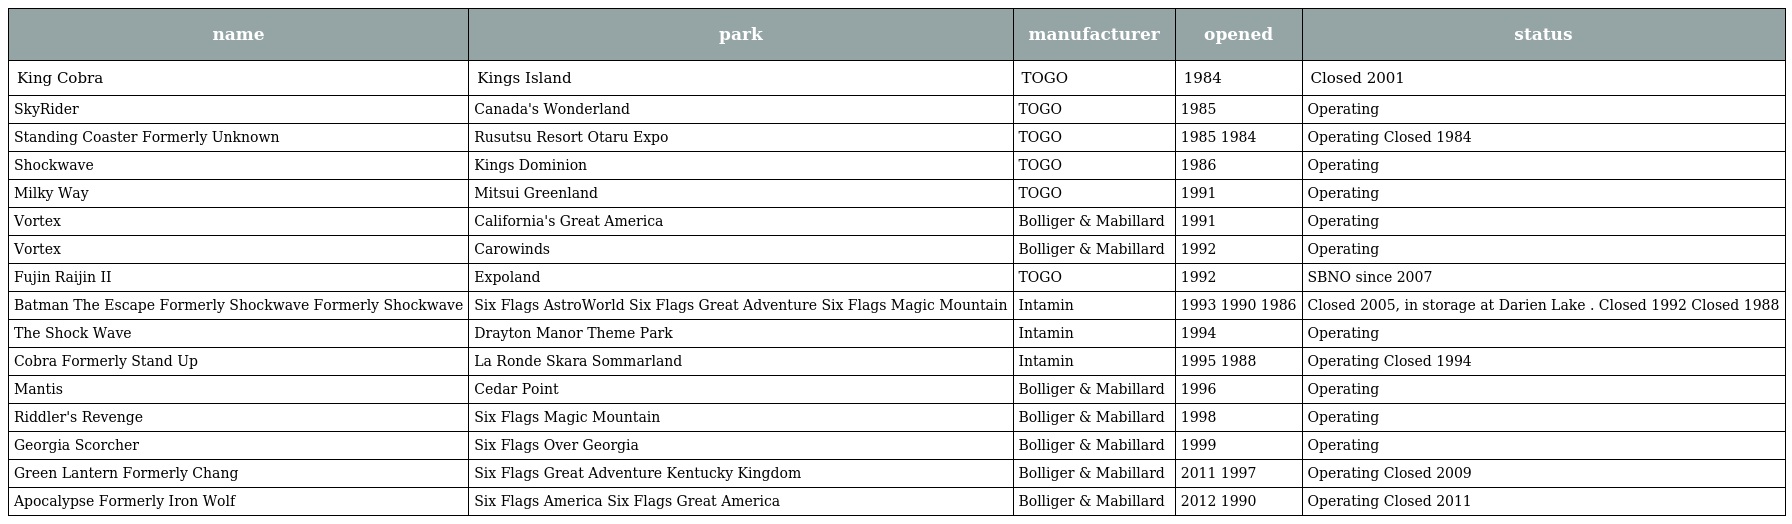
| name | park | manufacturer | opened | status |
 | --- | --- | --- | --- | --- |
 | King Cobra | Kings Island | TOGO | 1984 | Closed 2001 |
 | SkyRider | Canada's Wonderland | TOGO | 1985 | Operating |
 | Standing Coaster Formerly Unknown | Rusutsu Resort Otaru Expo | TOGO | 1985 1984 | Operating Closed 1984 |
 | Shockwave | Kings Dominion | TOGO | 1986 | Operating |
 | Milky Way | Mitsui Greenland | TOGO | 1991 | Operating |
 | Vortex | California's Great America | Bolliger & Mabillard | 1991 | Operating |
 | Vortex | Carowinds | Bolliger & Mabillard | 1992 | Operating |
 | Fujin Raijin II | Expoland | TOGO | 1992 | SBNO since 2007 |
 | Batman The Escape Formerly Shockwave Formerly Shockwave | Six Flags AstroWorld Six Flags Great Adventure Six Flags Magic Mountain | Intamin | 1993 1990 1986 | Closed 2005, in storage at Darien Lake . Closed 1992 Closed 1988 |
 | The Shock Wave | Drayton Manor Theme Park | Intamin | 1994 | Operating |
 | Cobra Formerly Stand Up | La Ronde Skara Sommarland | Intamin | 1995 1988 | Operating Closed 1994 |
 | Mantis | Cedar Point | Bolliger & Mabillard | 1996 | Operating |
 | Riddler's Revenge | Six Flags Magic Mountain | Bolliger & Mabillard | 1998 | Operating |
 | Georgia Scorcher | Six Flags Over Georgia | Bolliger & Mabillard | 1999 | Operating |
 | Green Lantern Formerly Chang | Six Flags Great Adventure Kentucky Kingdom | Bolliger & Mabillard | 2011 1997 | Operating Closed 2009 |
 | Apocalypse Formerly Iron Wolf | Six Flags America Six Flags Great America | Bolliger & Mabillard | 2012 1990 | Operating Closed 2011 |